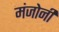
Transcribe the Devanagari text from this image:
मंजोनी